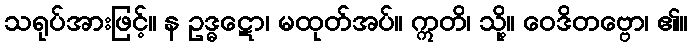
သရုပ်အားဖြင့်။ န ဥဒ္ဓဋော၊ မထုတ်အပ်။ ဣတိ၊ သို့။ ဝေဒိတဗ္ဗော၊ ၏။